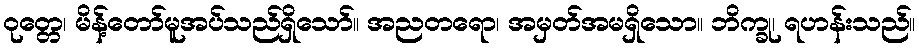
ဝုတ္တေ၊ မိန့်တော်မူအပ်သည်ရှိသော်။ အညတရော၊ အမှတ်အမရှိသော။ ဘိက္ခု၊ ရဟန်းသည်။